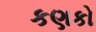
કણકો